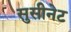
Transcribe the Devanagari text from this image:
सुसीनेट